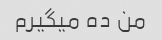
من ده میگیرم